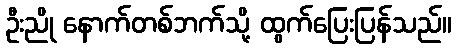
ဦးညို နောက်တစ်ဘက်သို့ ထွက်ပြေးပြန်သည်။